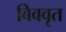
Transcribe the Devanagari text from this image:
विववृत